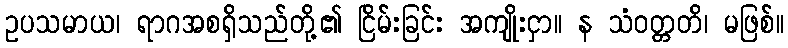
ဥပသမာယ၊ ရာဂအစရှိသည်တို့၏ ငြိမ်းခြင်း အကျိုးငှာ။ န သံဝတ္တတိ၊ မဖြစ်။